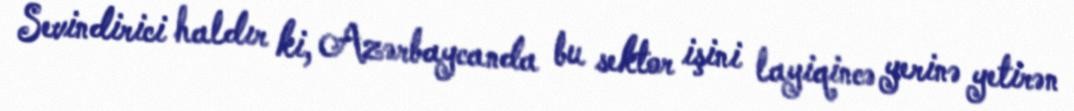
Sevindirici haldır ki, Azərbaycanda bu sektor işini layiqincə yerinə yetirən